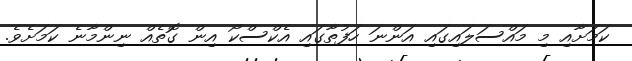
ކަމަށާއި މި މައްސަލައިގައި އަންނަ ހަފުތާގައި އެކްސްކޯ އިން ގޮތެއް ނިންމާނެ ކަމަށެވެ.